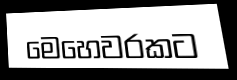
මෙහෙවරකට